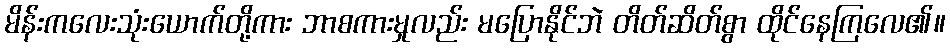
မိန်းကလေးသုံးယောက်တို့ကား ဘာစကားမှုလည်း မပြောနိုင်ဘဲ တိတ်ဆိတ်စွာ ထိုင်နေကြလေ၏။